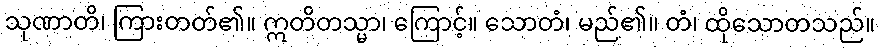
သုဏာတိ၊ ကြားတတ်၏။ ဣတိတသ္မာ၊ ကြောင့်။ သောတံ၊ မည်၏။ တံ၊ ထိုသောတသည်။